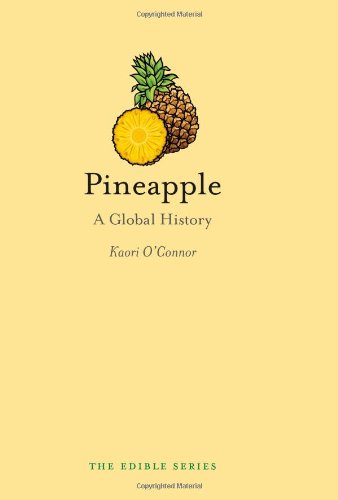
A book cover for Pineapple: A Global History (Reaktion Books - Edible); Kaori O'Connor; Cookbooks, Food & Wine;